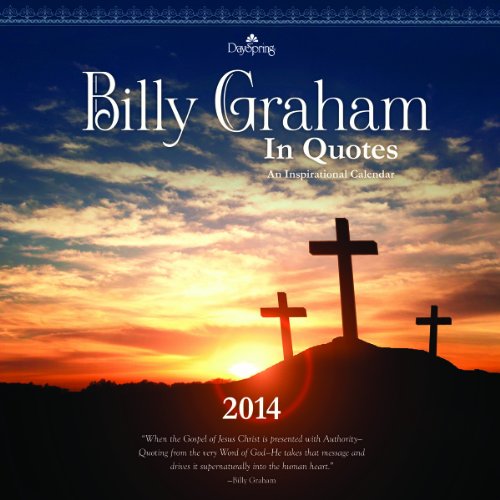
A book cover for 2014 Billy Graham in Quotes Wall Calendar; Dayspring; Calendars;